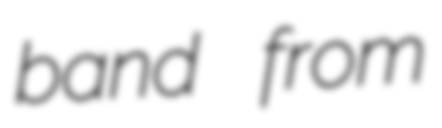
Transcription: band from